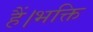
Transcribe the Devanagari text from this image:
हैं।भक्ति